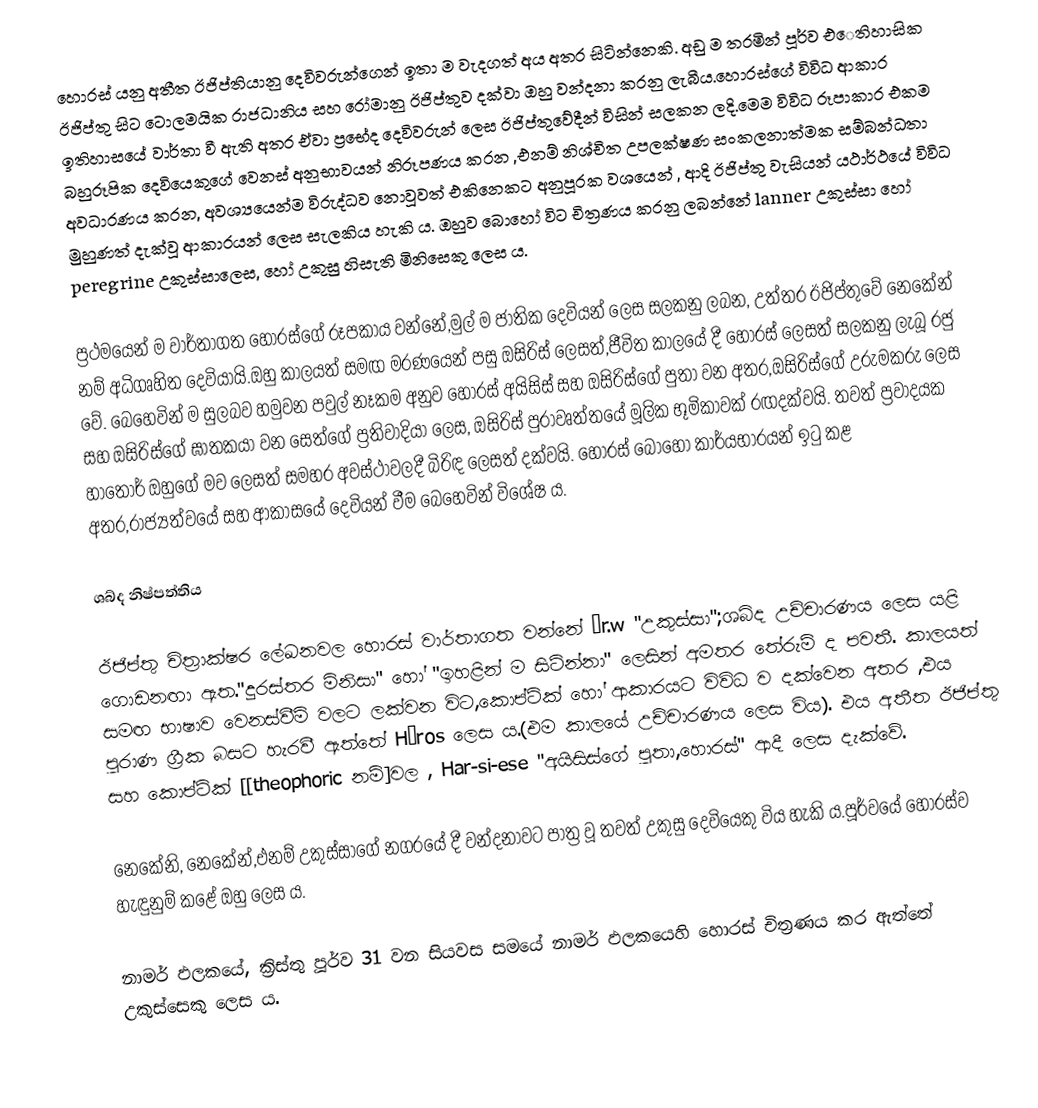
හොරස් යනු අතීත ඊජිප්තියානු දෙවිවරුන්ගෙන් ඉතා ම වැදගත් අය අතර සිටින්නෙකි. අඩු ම තරමින් පූර්ව එෙතිහාසික ඊජිප්තු සිට ටොලමයික රාජධානිය සහ රෝමානු ඊජිප්තුව දක්වා ඔහු වන්දනා කරනු ලැබීය.හොරස්ගේ විවිධ ආකාර ඉතිහාසයේ වාර්තා වී ඇති අතර ඒවා ප්‍රභේද දෙවිවරුන් ලෙස ඊජිප්තුවේදීන් විසින් සලකන ලදි.මෙම විවිධ රූපාකාර එකම බහුරූපික දෙවියෙකුගේ වෙනස් අනුභාවයන් නිරූපණය කරන ,එනම් නිශ්චිත උපලක්ෂණ සංකලනාත්මක සම්බන්ධතා අවධාරණය කරන, අවශ්‍යයෙන්ම විරුද්ධව නොවූවත් එකිනෙකට අනුපූරක වශයෙන් , ආදි ඊජිප්තු වැසියන් යථාර්ථයේ විවිධ මුහුණත් දැක්වූ ආකාරයන් ලෙස සැලකිය හැකි ය.  ඔහුව බොහෝ විට චිත්‍රණය කරනු ලබන්නේ lanner උකුස්සා හෝ peregrine උකුස්සාලෙස, හෝ උකුසු හිසැති මිනිසෙකු ලෙස ය.

ප්‍රථමයෙන් ම වාර්තාගත හොරස්ගේ රූපකාය වන්නේ,මුල් ම ජාතික දෙවියන් ලෙස සලකනු ලබන, උත්තර ඊජිප්තුවේ නෙකේන් නම් අධිගෘහිත දෙවියායි.ඔහු කාලයත් සමඟ මරණයෙන් පසු ඔසිරිස් ලෙසත්,ජීවිත කාලයේ දී හොරස් ලෙසත් සලකනු ලැබූ රජු වේ. බෙහෙවින් ම සුලබව හමුවන පවුල් නෑකම අනුව හොරස් අයිසිස් සහ ඔසිරිස්ගේ පුතා වන අතර,ඔසිරිස්ගේ උරුමකරු ලෙස සහ ඔසිරිස්ගේ ඝාතකයා වන සෙත්ගේ ප්‍රතිවාදියා ලෙස, ඔසිරිස් පුරාවෘත්තයේ මූලික භූමිකාවක් රඟදක්වයි. තවත් ප්‍රවාදයක හාතෝර් ඔහුගේ මව ලෙසත් සමහර අවස්ථාවලදී බිරිඳ ලෙසත් දක්වයි. හොරස් බොහෝ කාර්යභාරයන් ඉටු කළ අතර,රාජ්‍යත්වයේ සහ ආකාසයේ දෙවියන් වීම බෙහෙවින් විශේෂ ය.

ශබ්ද නිෂ්පත්තිය

ඊජිප්තු චිත්‍රාක්ෂර ලේඛනවල හොරස් වාර්තාගත වන්නේ ḥr.w "උකුස්සා";ශබ්ද උච්චාරණය  ලෙස යළි ගොඩනඟා ඇත."දුරස්තර මිනිසා" හෝ "ඉහළින් ම සිටින්නා" ලෙසින් අමතර තේරුම් ද පවතී. කාලයත් සමඟ භාෂාව වෙනස්වීම් වලට ලක්වන විට,කොප්ටික්   හෝ  ආකාරයට විවිධ ව දක්වෙන අතර ,එය පුරාණ ග්‍රීක බසට හැරවී ඇත්තේ  Hōros ලෙස ය.(එම කාලයේ උච්චාරණය  ලෙස විය). එය අතීත ඊජිප්තු සහ කොප්ටික් [[theophoric නම්]වල , Har-si-ese "අයිසිස්ගේ පුතා,හොරස්" ආදී ලෙස දැක්වේ.

නෙකේනි, නෙකේන්,එනම් උකුස්සාගේ නගරයේ දී වන්දනාවට පාත්‍ර වූ තවත් උකුසු දෙවියෙකු විය හැකි ය.පූර්වයේ හොරස්ව හැඳුනුම් කළේ ඔහු ලෙස ය.

නාමර් ඵලකයේ,  ක්‍රිස්තු පූර්ව 31 වන සියවස සමයේ නාමර් ඵලකයෙහි හොරස් චිත්‍රණය කර ඇත්තේ උකුස්සෙකු ලෙස ය.